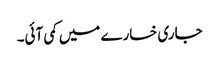
جاری خسارے میں کمی آئی۔